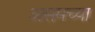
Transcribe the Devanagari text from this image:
असमच्या